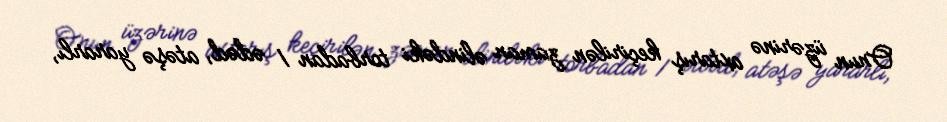
Onun üzərinə axtarış keçirilən zaman əlindəki torbadan 1 ədəd, atəşə yararlı,